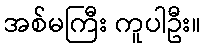
အစ်မကြီး ကူပါဦး။